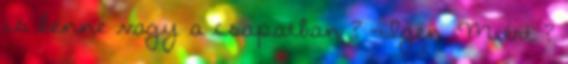
is benne vagy a csapatban ? -Igen. Miért ?